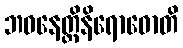
ဘဝနေတ္တိနိရောဓောတိ